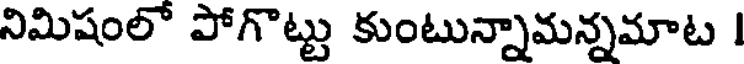
నిమిషంలో పోగొట్టు కుంటున్నామన్నమాట